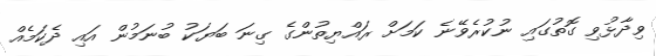
ވިދާޅުވި ގޮތުގައި ނުކުރެވޭނެ ކަމަށް ރައްޔިތުންގެ ގިނަ ބަޔަކު ބުނަމުން އައި ދެކަމެއް